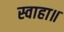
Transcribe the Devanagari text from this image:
स्वाहा॥